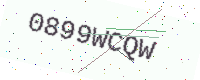
Text: 0899WCQW